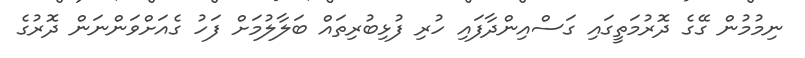
ނިމުމުން ގޭގެ ދޮރުމަތީގައި ގަސްއިންދާފައި ހުރި ފުޅިބުރިތައް ބަލާލުމަށް ފަހު ގެއަށްވަންނަން ދޮރުގެ